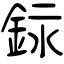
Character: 銢